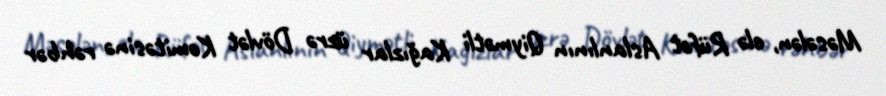
Məsələn, elə Rüfət Aslanlının Qiymətli Kağızlar üzrə Dövlət Komitəsinə rəhbər